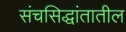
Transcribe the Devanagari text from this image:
संचसिद्धांतातील